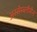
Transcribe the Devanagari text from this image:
अस्सेम्ब्लीमैन